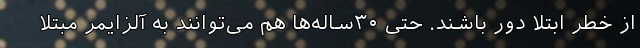
از خطر ابتلا دور باشند. حتی ۳۰ساله‌ها هم می‌توانند به آلزایمر مبتلا